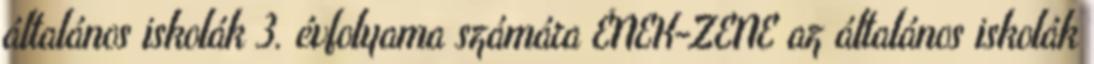
általános iskolák 3. évfolyama számára ÉNEK-ZENE az általános iskolák